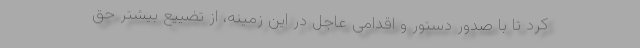
کرد تا با صدور دستور و اقدامی عاجل در این زمینه، از تضییع بیشتر حق